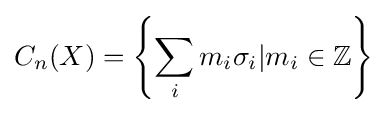
C_{n}(X)=\left\{\sum \limits _{i}m_{i}\sigma _{i}|m_{i}\in \mathbb {Z} \right\}